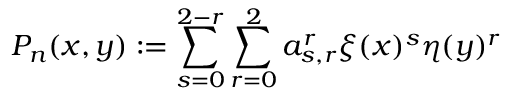
P _ { n } ( x , y ) : = \sum _ { s = 0 } ^ { 2 - r } \sum _ { r = 0 } ^ { 2 } a _ { s , r } ^ { r } \xi ( x ) ^ { s } \eta ( y ) ^ { r }